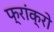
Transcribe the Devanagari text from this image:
फ्रांक्रो